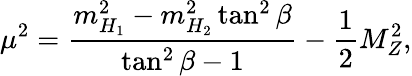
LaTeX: \mu^{2}=\frac{m_{H_{1}}^{2}-m_{H_{2}}^{2}\tan^{2}\beta}{\tan^{2}\beta-1}-\frac{1}{2}M_{Z}^{2},